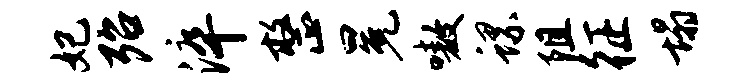
妃殆淬整冕嗷螺阻征塌